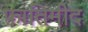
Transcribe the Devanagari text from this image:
फ़ातिमीद